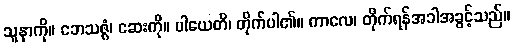
သူနာကို။ ဘေသဇ္ဇံ၊ ဆေးကို။ ပါယေတိ၊ တိုက်ပါ၏။ ကာလေ၊ တိုက်ရန်အခါအခွင့်သည်။